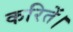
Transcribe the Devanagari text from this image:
करितें।